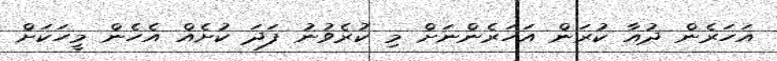
އަހަރެން ދުއާ ކުރަން އަހަރެންނަށް މި ކުރެވުނު ފަދަ ކުށެއް އެހެން މީހަކަށް